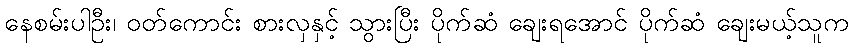
နေစမ်းပါဦး၊ ဝတ်ကောင်း စားလှနှင့် သွားပြီး ပိုက်ဆံ ချေးရအောင် ပိုက်ဆံ ချေးမယ့်သူက